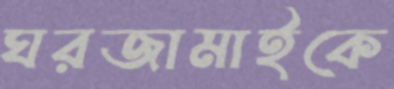
ঘরজামাইকে